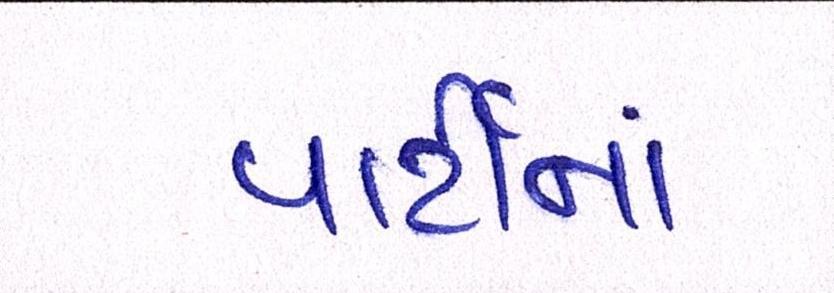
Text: પાર્ટીનાં